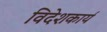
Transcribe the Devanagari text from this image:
विदेशकार्य